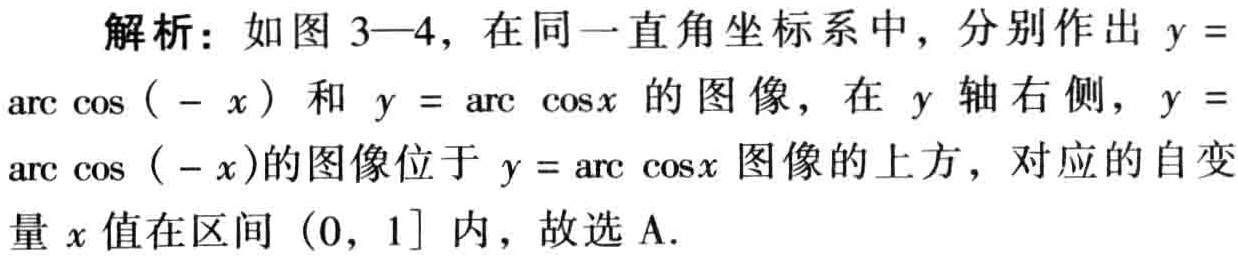
解析：如图 3—4，在同一直角坐标系中，分别作出 \(y = \arccos(-x)\) 和 \(y = \arccos x\) 的图像，在 \(y\) 轴右侧，\(y = \arccos(-x)\)的图像位于 \(y = \arccos x\) 图像的上方，对应的自变量 \(x\) 值在区间 \((0, 1]\) 内，故选 A.